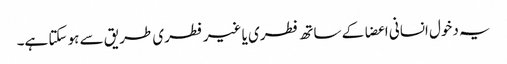
یہ دخول انسانی اعضا کے ساتھ فطری یا غیر فطری طریق سے ہو سکتا ہے۔